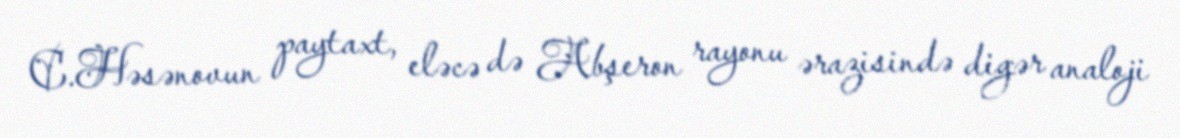
C.Həsənovun paytaxt, eləcə də Abşeron rayonu ərazisində digər analoji